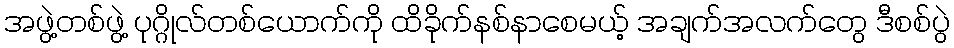
အဖွဲ့တစ်ဖွဲ့ ပုဂ္ဂိုလ်တစ်ယောက်ကို ထိခိုက်နစ်နာစေမယ့် အချက်အလက်တွေ ဒီစစ်ပွဲ